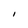
Character: I